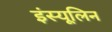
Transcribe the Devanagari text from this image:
इंस्यूलिन